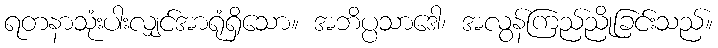
ရတနာသုံးပါးလျှင်အာရုံရှိသော။ အဘိပ္ပသာဒေါ၊ အလွန်ကြည်ညိုခြင်းသည်။